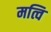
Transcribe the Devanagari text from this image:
मत्वि